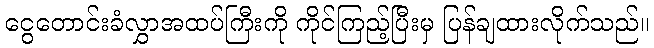
ငွေတောင်းခံလွှာအထပ်ကြီးကို ကိုင်ကြည့်ပြီးမှ ပြန်ချထားလိုက်သည်။